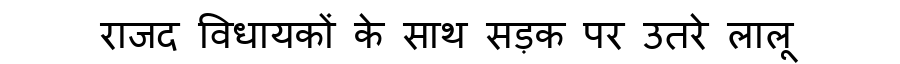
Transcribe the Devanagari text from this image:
राजद विधायकों के साथ सड़क पर उतरे लालू